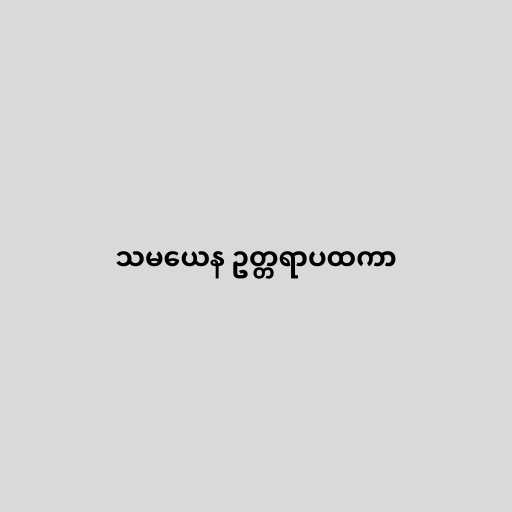
သမယေန ဥတ္တရာပထကာ